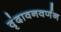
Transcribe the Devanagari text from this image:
वृंदावनवर्णन